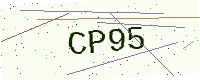
Text: CP95